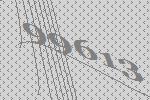
99613